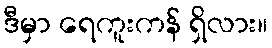
ဒီမှာ ရေကူးကန် ရှိလား။